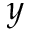
y